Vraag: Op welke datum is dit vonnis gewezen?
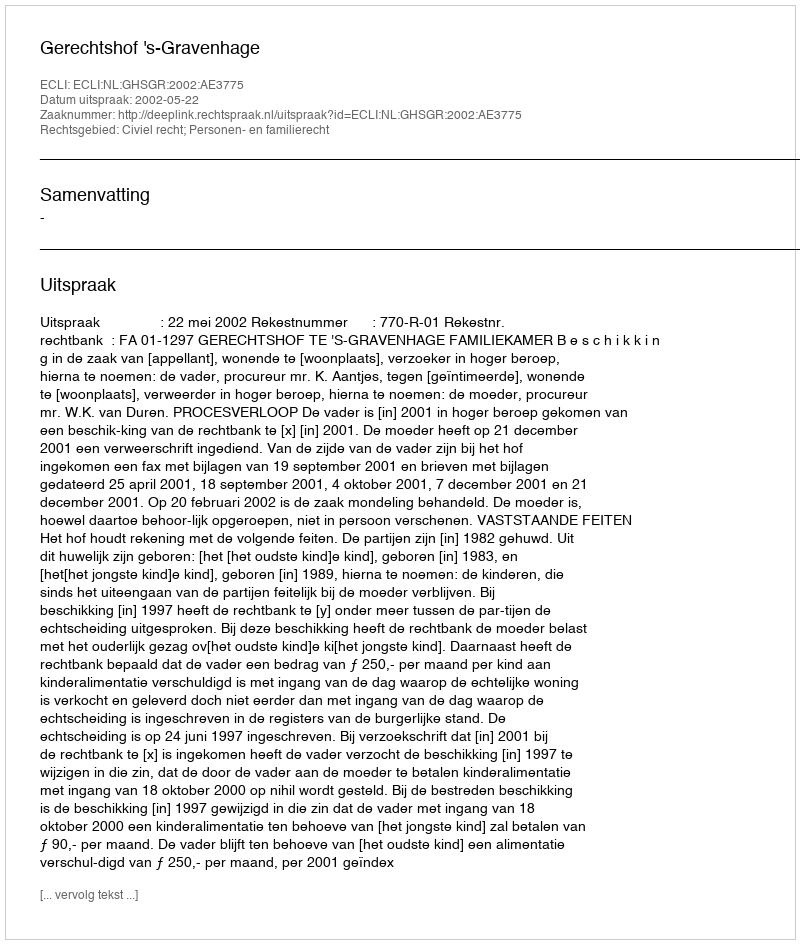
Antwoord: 2002-05-22